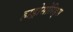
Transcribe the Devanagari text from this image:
हाड्रोसोरिड्स